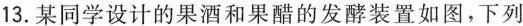
13.某同学设计的果酒和果醋的发酵装置如图，下列